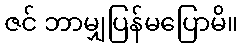
ဇင် ဘာမျှပြန်မပြောမိ။